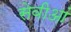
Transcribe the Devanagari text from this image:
सेवीआं